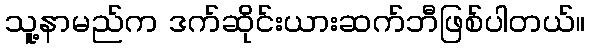
သူ့နာမည်က ဒက်ဆိုင်းယားဆက်ဘီဖြစ်ပါတယ်။